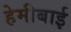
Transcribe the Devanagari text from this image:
हेमीबाई